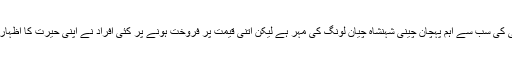
کیتلی کی سب سے اہم پہچان چینی شہنشاہ چیان لونگ کی مہر ہے لیکن اتنی قیمت پر فروخت ہونے پر کئی افراد نے اپنی حیرت کا اظہار کیا۔